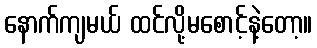
နောက်ကျမယ် ထင်လို့မစောင့်နဲ့တော့။